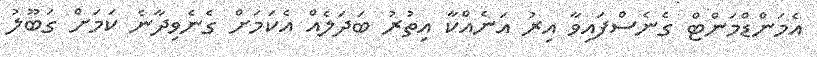
އެމަންޑްމަންޓް ގެނެސްފައިވާ އިރު އަނެއްކާ އިތުރު ބަދަލެއް އެކަމަށް ގެނެވިދާނެ ކަމަށް ގަބޫލު